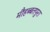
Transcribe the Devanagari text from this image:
मौहब्बतपुरा